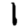
Digit: 1